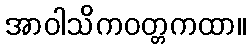
အာဝါသိကဝတ္တကထာ။